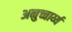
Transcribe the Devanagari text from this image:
अनुच्चार्य्य